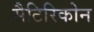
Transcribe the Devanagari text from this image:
सैटिरिकोन